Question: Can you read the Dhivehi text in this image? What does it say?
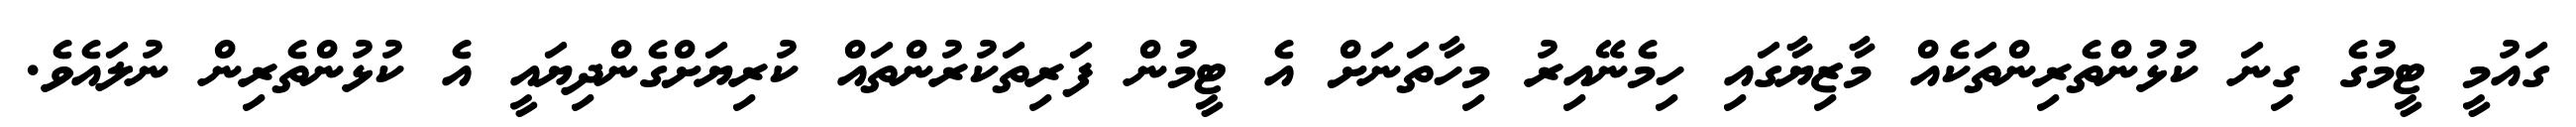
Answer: ގައުމީ ޓީމުގެ ގިނަ ކުޅުންތެރިންތަކެއް މާޒިޔާގައި ހިމެނޭއިރު މިހާތަނަށް އެ ޓީމުން ފަރިތަކުރުންތައް ކުރިޔަށްގެންދިޔައީ އެ ކުޅުންތެރިން ނުލައެވެ.